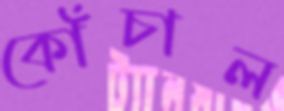
কোঁচাল